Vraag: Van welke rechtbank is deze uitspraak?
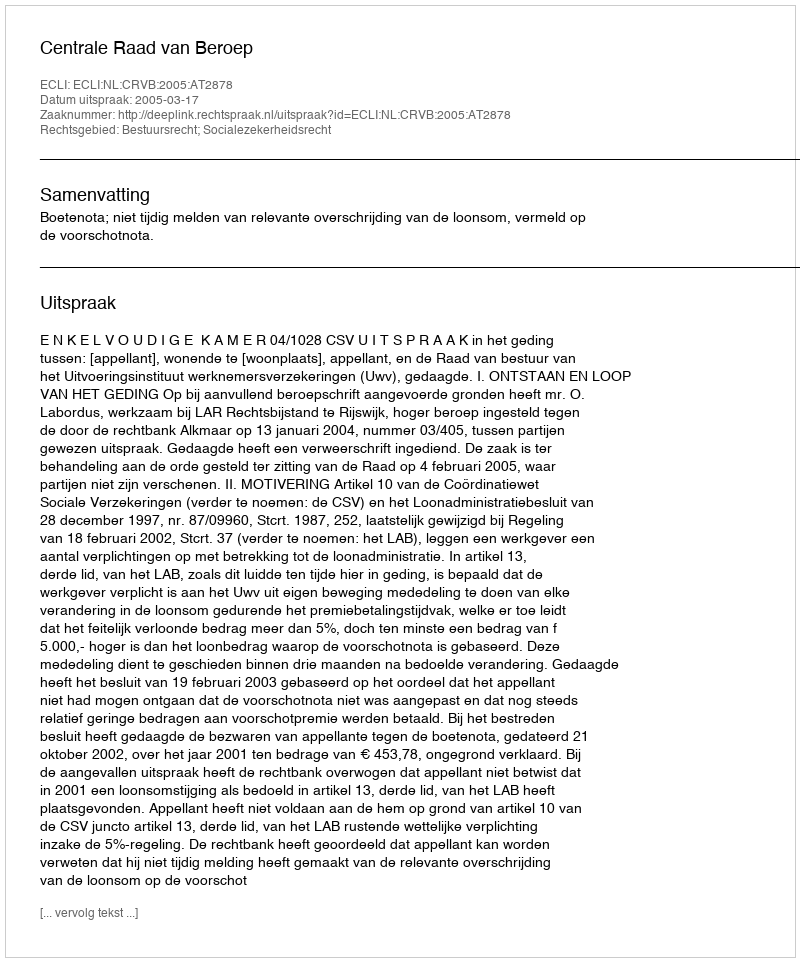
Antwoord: Centrale Raad van Beroep